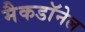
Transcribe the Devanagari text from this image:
मैकडाॅनेल